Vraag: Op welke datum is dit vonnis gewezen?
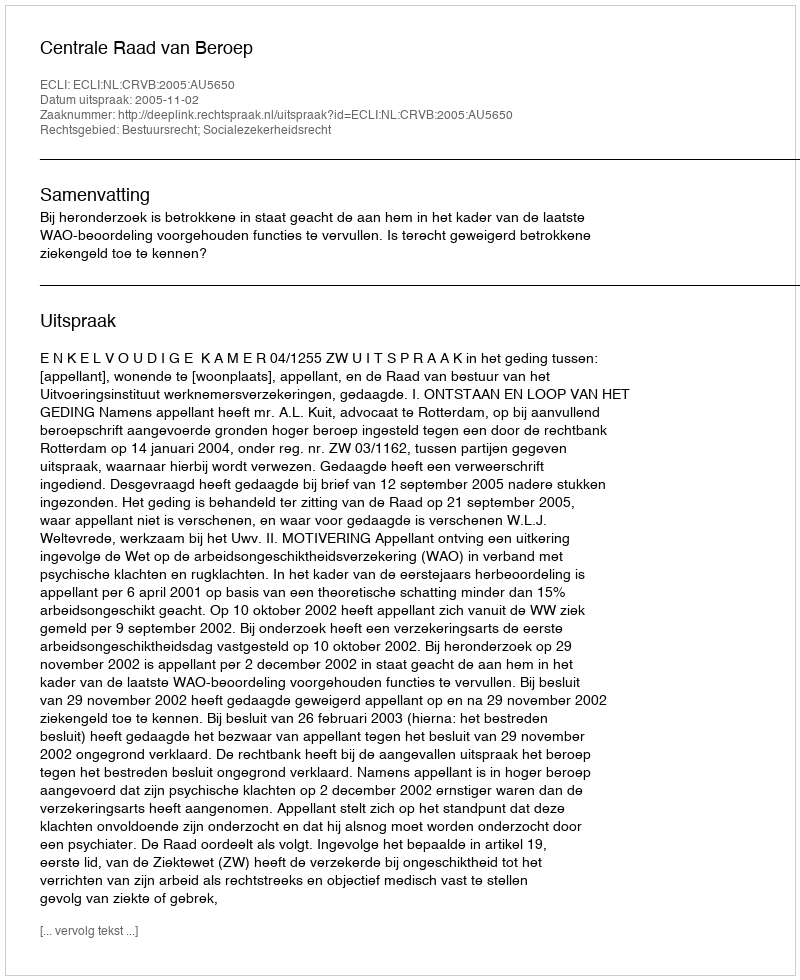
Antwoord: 2005-11-02